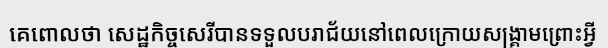
គេពោលថា សេដ្ឋកិច្ចសេរីបានទទួលបរាជ័យនៅពេលក្រោយសង្គ្រាមព្រោះអ្វី